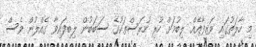
މި ހާލަތުގައި ވަޒީފާއެއް ލިބުމަށް ހުރި ހުރަސްތަކުގެ ސަބަބުން ލިބިފައިވާ ގެއްލުން ވެސް